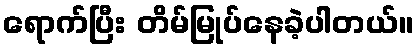
ရောက်ပြီး တိမ်မြုပ်နေခဲ့ပါတယ်။